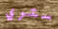
ستري